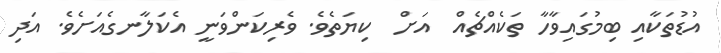
އުޑުތަކާއި ބިމުގައިވާހާ ތަކެއްޗެއް  އަށް  ކިޔަތެވެ. ވެރިކަންވަނީ އެކަލާނގެއަށެވެ. އަދި